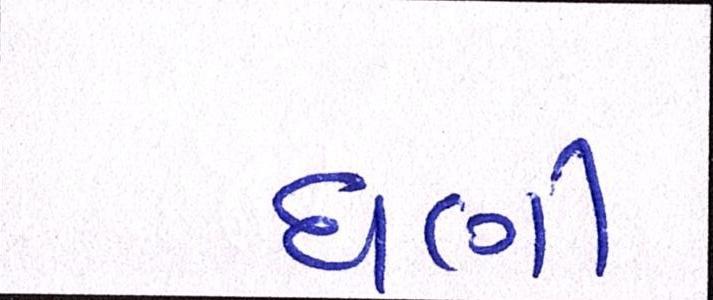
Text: ઘણી